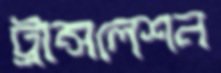
ট্রান্সলেশন